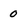
Character: 0